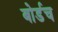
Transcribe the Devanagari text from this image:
बोर्डच